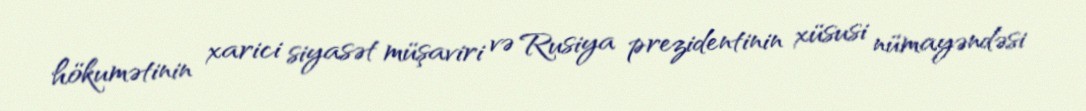
hökumətinin xarici siyasət müşaviri və Rusiya prezidentinin xüsusi nümayəndəsi